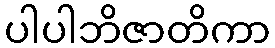
ပါပါဘိဇာတိကာ